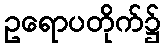
ဥရောပတိုက်၌